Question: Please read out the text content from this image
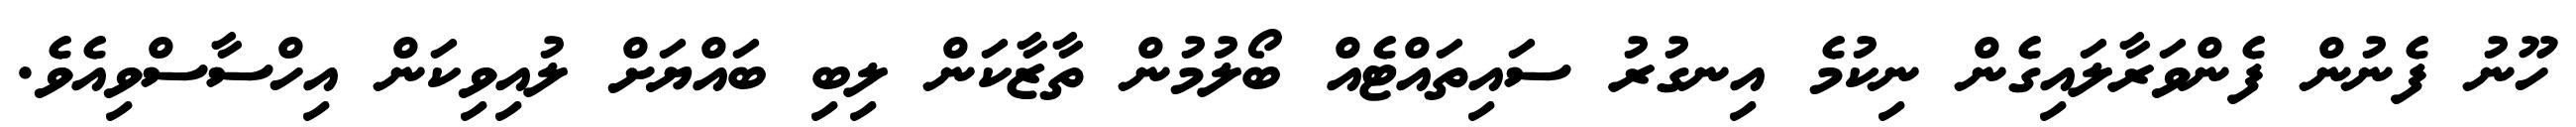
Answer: ހޫނު ފެނުން ފެންވަރާލައިގެން ނިކުމެ އިނގުރު ސައިތައްޓެއް ބޯލުމުން ތާޒާކަން ލިބި ބައްޔަށް ލުއިވިކަން އިހްސާސްވިއެވެ.